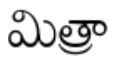
మిత్రా